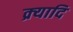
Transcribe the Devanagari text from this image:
क्र्यादि